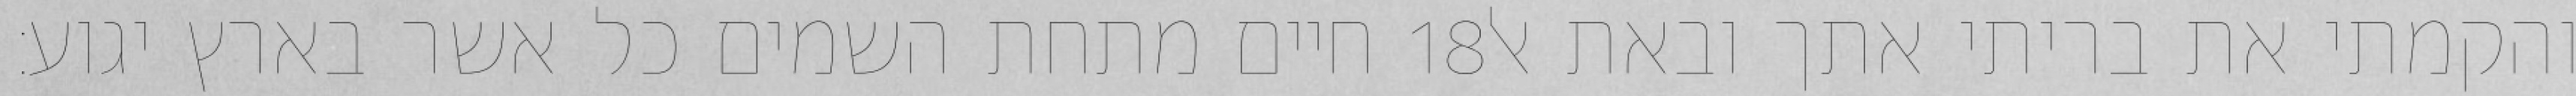
חיים מתחת השמים כל אשר בארץ יגוע׃ ‎18‏ והקמתי את בריתי אתך ובאת אל